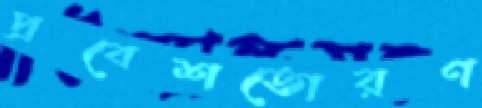
প্রবেশতোরণ